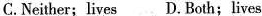
C.Neither; lives D.Both;lives